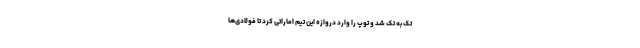
تک به تک شد و توپ را وارد دروازه این تیم اماراتی کرد تا فولادی‌ها